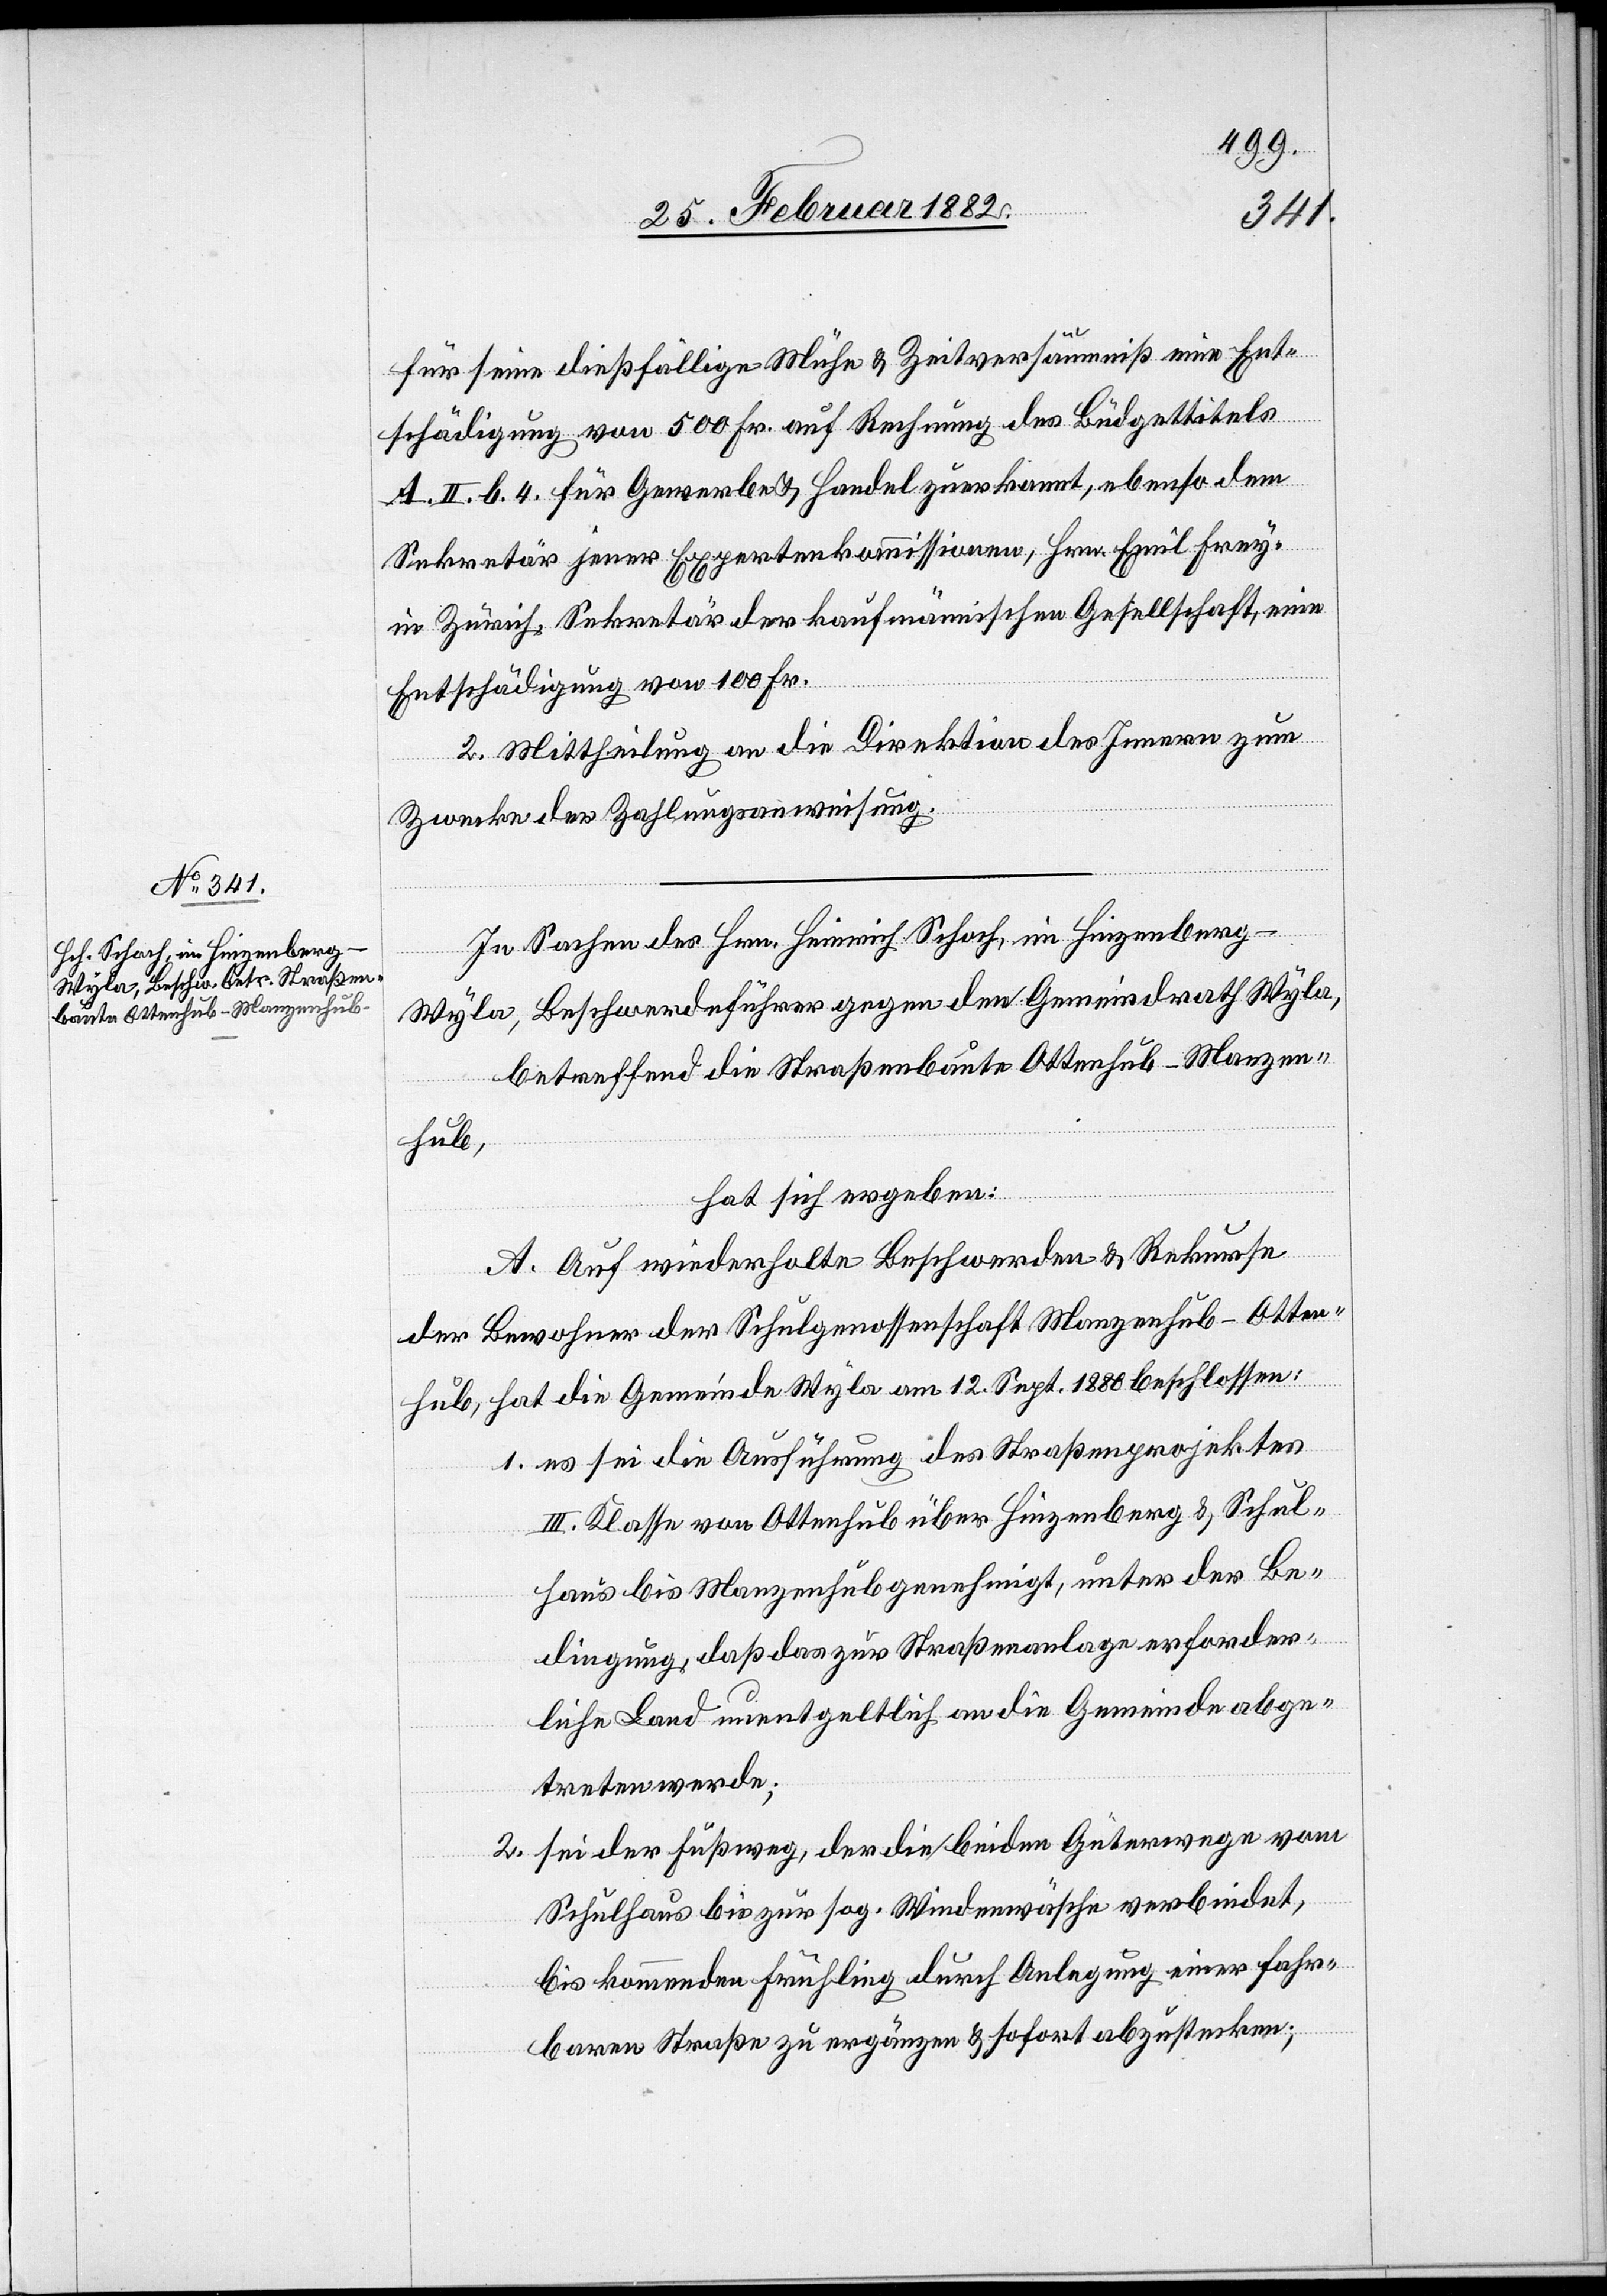
für seine dießfällige Mühe & Zeitversäumniß eine Ent¬
schädigung von 500 Fr. auf Rechnung des Büdgettitels
A. II. b. 4 für Gewerbe- & Handel zuerkannt, ebenso dem
Sekretär jener Expertenkommissionen, Hrn. Emil Frey,
in Zürich, Sekretär der kaufmännischen Gesellschaft, eine
Entschädigung von 100 Fr.
2. Mittheilung an die Direktion des Innern zum
Zwecke der Zahlungsanweisung.
In Sachen des Hrn. Schoch, in Hinzenburg
Wyla, Beschwerdeführer gegen den Gemeindrath Wyla,
betreffend die Straßenbaute Ottenhub–Manzen¬
hub,
hat sich ergeben:
A. Auf wiederholte Beschwerden & Rekurse
der Bewohner der Schulgenossenschaft Manzenhub-Otten¬
hub, hat die Gemeinde Wyla am 12. Sept. 1880 beschlossen:
1. es sei die Ausführung des Straßenprojektes
III. Klasse von Ottenhub über Hinzenberg & Schul¬
haus bis Manzenhub genehmigt, unter der Be¬
dingung, daß das zur Straßenanlage erforder¬
liche Land unentgeltlich an die Gemeinde abge¬
treten werde;
2. sei der Fußweg, der die beiden Güterwege vom
Schulhaus bis zur sog. Wiedenwäsche verbindet,
bis kommenden Frühling durch Anlegung einer fahr¬
baren Straße zu ergänzen & sofort abzustecken;